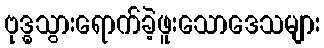
ဗုဒ္ဓသွားရောက်ခဲ့ဖူးသောဒေသများ